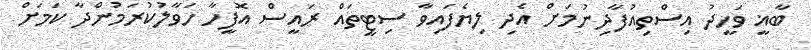
ބާޣީ ވަހީދު އިސްތިއުފާދިނުމަށް އެދި ލިޔެފައިވާ ސިޓީތައް ރައީސް އޮފީހާ ހަވާލުކުރަމުންދާ ކަމަށް